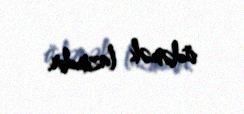
ödəmək lazımdır.